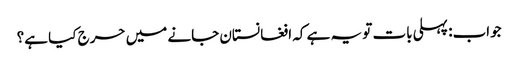
جواب: پہلی بات تو یہ ہے کہ افغانستان جانے میں حرج کیا ہے؟